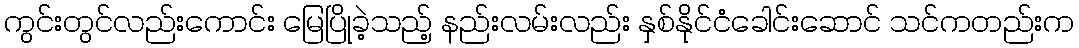
ကွင်းတွင်လည်းကောင်း မြေပြိုခဲ့သည့် နည်းလမ်းလည်း နှစ်နိုင်ငံခေါင်းဆောင် သင်ကတည်းက